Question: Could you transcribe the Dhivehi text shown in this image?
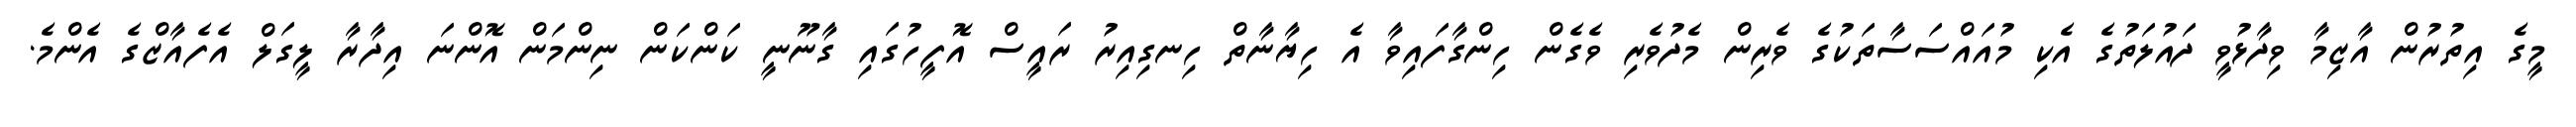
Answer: މީގެ އިތުރުން އާޒިމާ ވިދާޅުވީ ދައުލަތުގެ އެކި މުއައްސަސާތަކުގެ ވެރިން މެދުވެރި ވެގެން ހިންގާފައިވާ އެ ހިޔާނާތް ހިނގިއިރު ރައީސް އޮފީހުގައި ގާނޫނީ ކަންކަން ނިންމަން އޮންނަ އިދާރާ ލީގަލް އެފެއާޒްގެ އެންމެ.